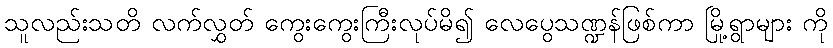
သူလည်းသတိ လက်လွှတ် ကွေးကွေးကြီးလုပ်မိ၍ လေပွေသဏ္ဍန်ဖြစ်ကာ မြို့ရွာများ ကို